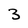
Character: 3